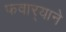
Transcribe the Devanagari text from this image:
फवार्‍याने